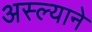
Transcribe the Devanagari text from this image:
अस्ल्याने